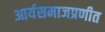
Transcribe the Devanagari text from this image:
आर्यसमाजप्रणीत